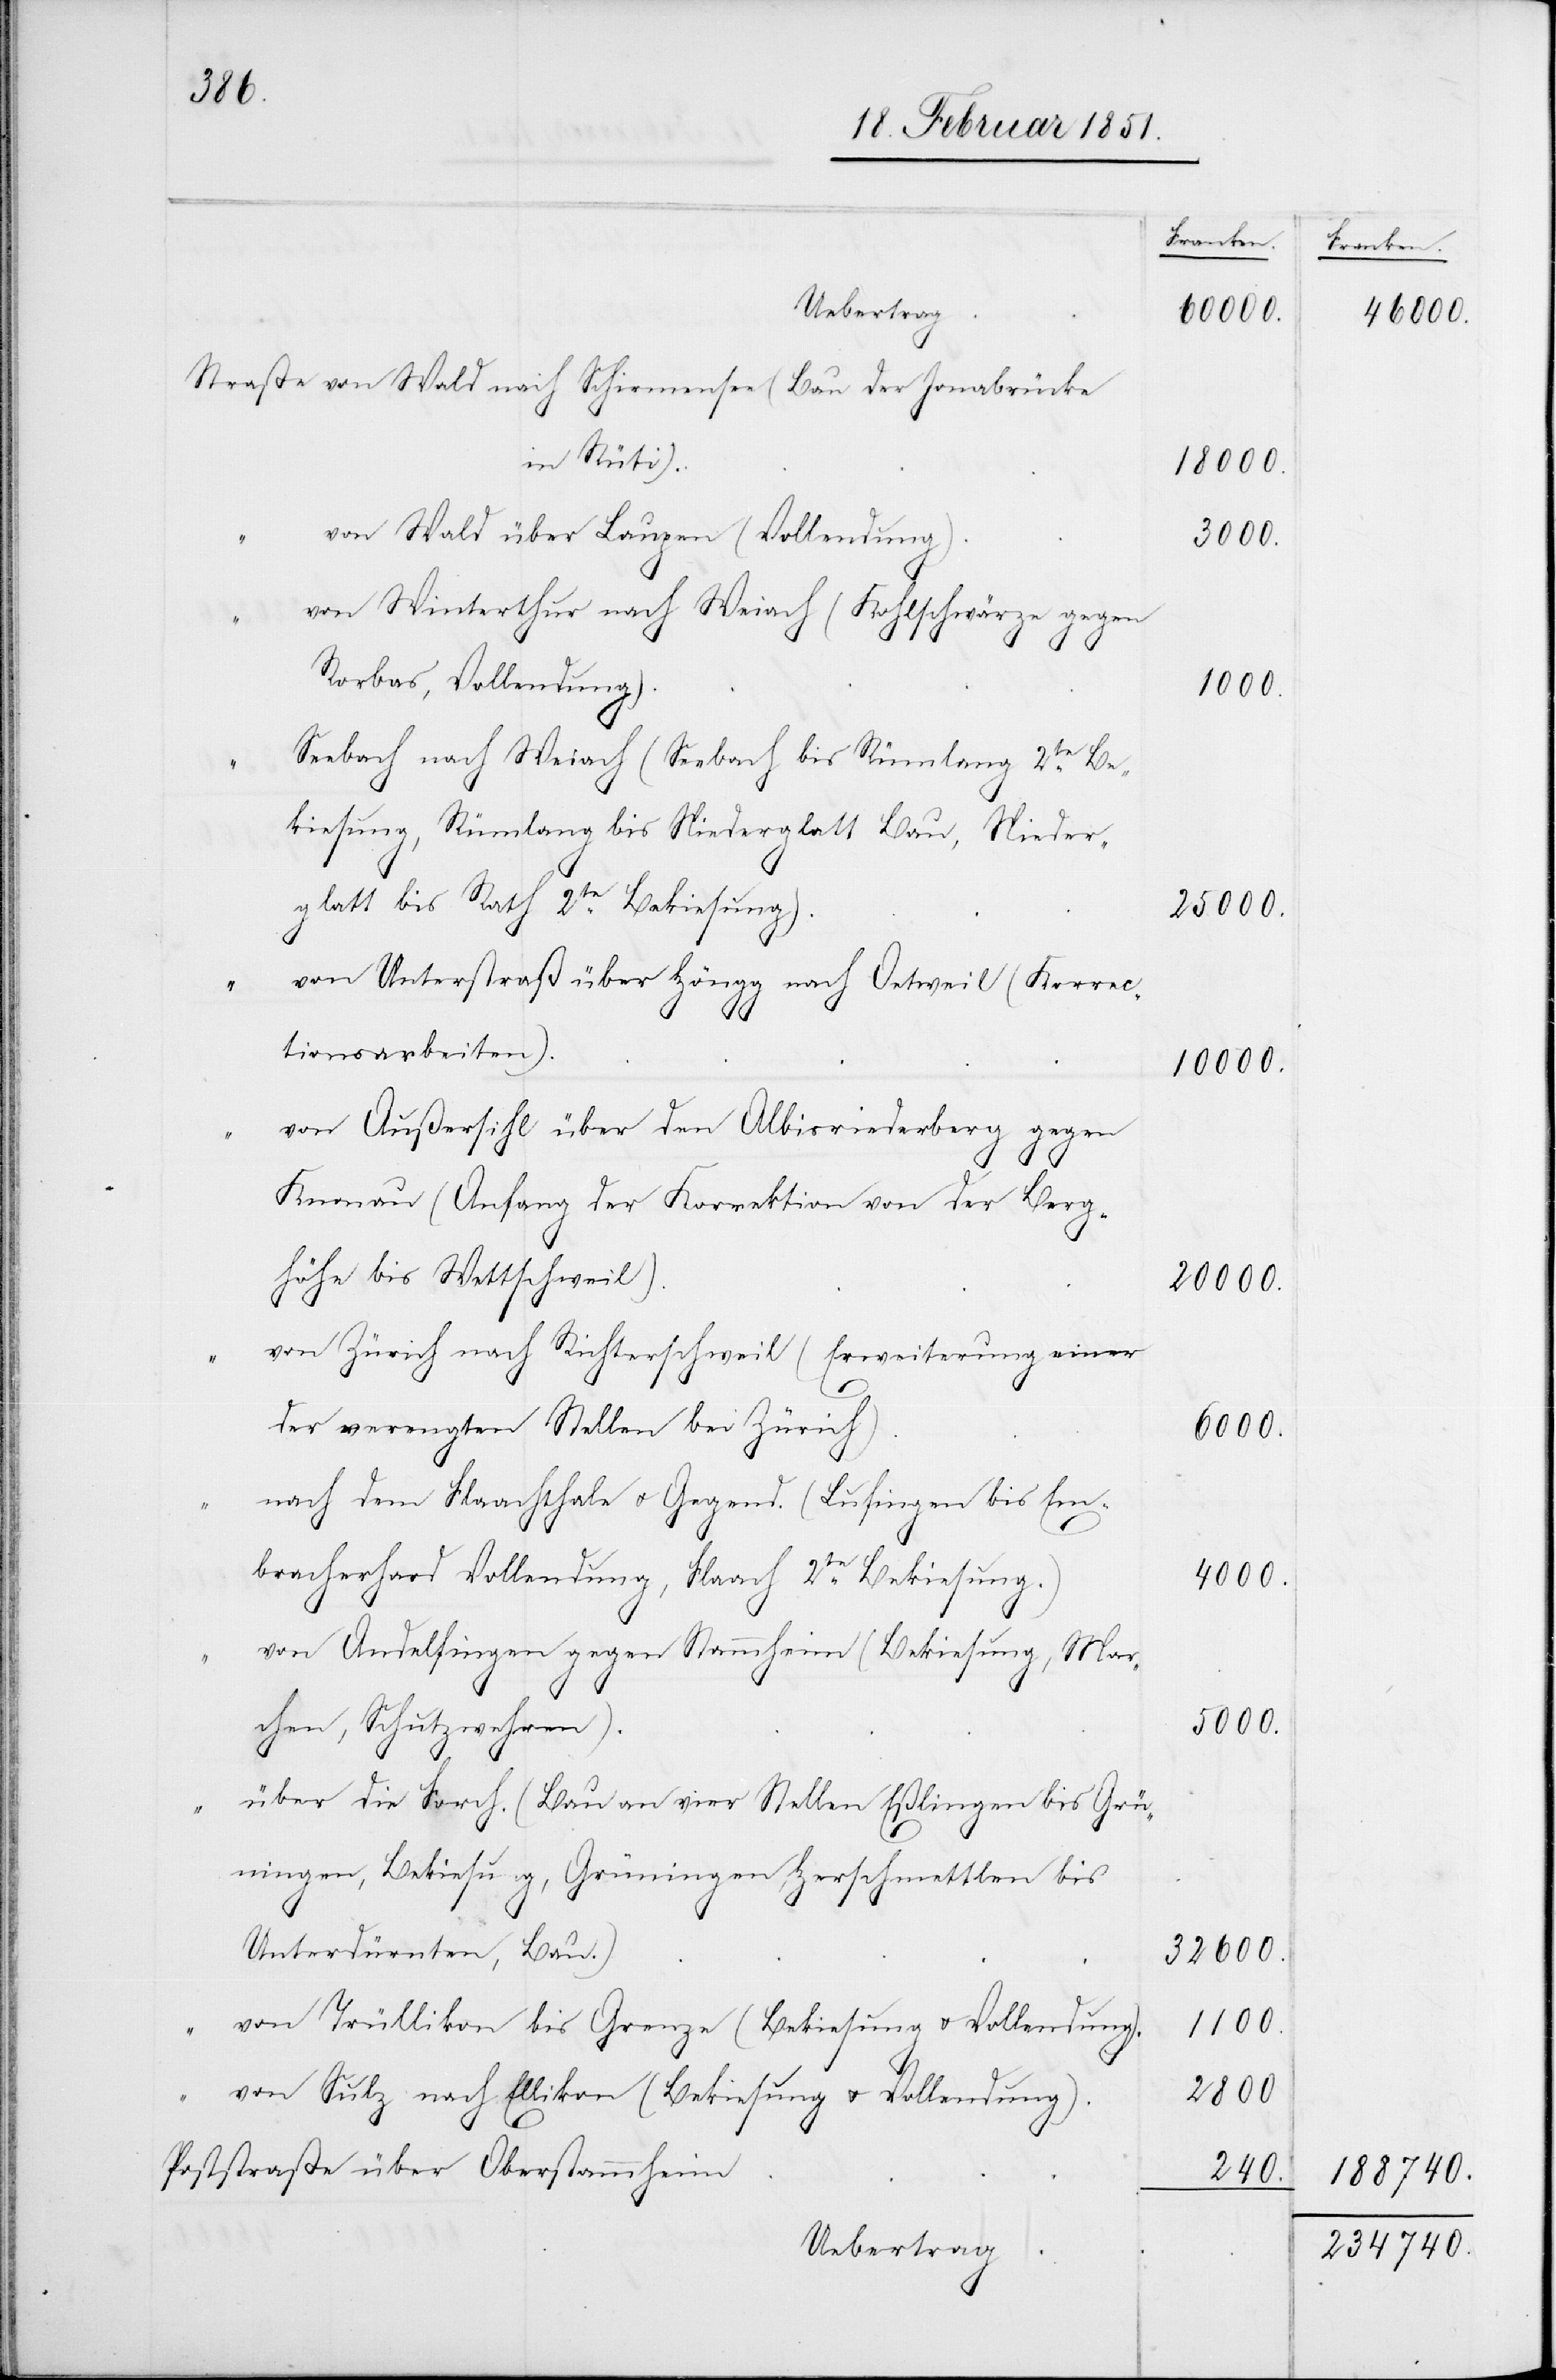
“
von Wald nach Schirmensee (Bau der Jonabrücke
in Rüti)
von Wald über Laupen (Vollendung)
von Winterthur nach Weiach (Kohlschwärze gegen
Rorbas, Vollendung)
Seebach nach Weiach (Seebach bis Rümlang 2te Be¬
kiesung, Rümlang bis Niederglatt Bau, Nieder¬
glatt bis Rath 2te Bekiesung)
von Unterstraß über Höngg nach Oetweil (Korrec¬
tionsarbeiten)
von Außersihl über den Albisriederberg gegen
Knonau (Anfang der Korrektion von der Berg¬
höhe bis Wettschweil)
von Zürich nach Richterschweil (Erweiterung einer
der verengten Stellen bei Zürich)
nach dem Flaachthale u. Gegend. (Lufingen bis Em¬
bracherhard Vollendung, Flaach 2te Bekiesung.)
von Andelfingen gegen Stammheim (Bekiesung, Mar¬
chen, Schutzwehren)
über die Forch. (Bau an vier Stellen Eßlingen bis Grü¬
ningen, Bekiesung, Grüningen, Herschmettlen bis
Unterdürnten, Bau.)
von Trüllikon bis Grenze (Bekiesung u. Vollendung)
von Sulz nach Ellikon (Bekiesung u. Vollendung)
Poststraße über Oberstammheim
Uebertrag

Franken.
60000.
18000.
3000.
1000.
25000.
20000.
6000.
4000.
5000.
32600.
1100.
2800
240.

188740.
234740.

10000.